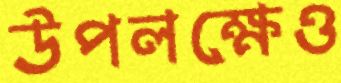
উপলক্ষেও